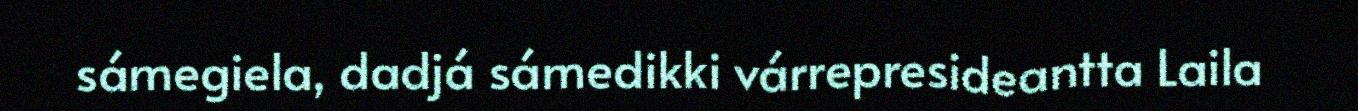
sámegiela, dadjá sámedikki várrepresideantta Laila